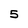
Character: 5